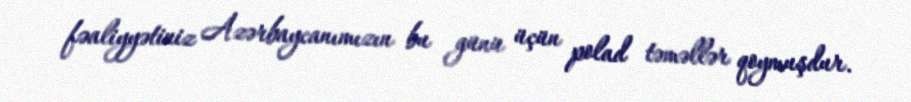
fəaliyyətiniz Azərbaycanımızın bu günü üçün polad təməllər qoymuşdur.